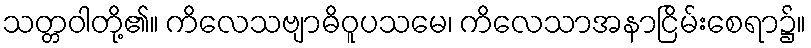
သတ္တဝါတို့၏။ ကိလေသဗျာဓိဝူပသမေ၊ ကိလေသာအနာငြိမ်းစေရာ၌။